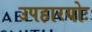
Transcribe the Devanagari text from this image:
उपहारयोः